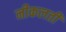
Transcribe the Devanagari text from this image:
नीकलती